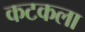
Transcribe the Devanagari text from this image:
कटकला